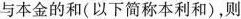
与本金的和(以下简称本利和)，则